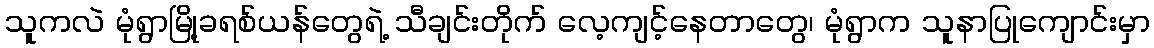
သူကလဲ မုံရွာမြို့ခရစ်ယန်တွေရဲ့ သီချင်းတိုက် လေ့ကျင့်နေတာတွေ၊ မုံရွာက သူနာပြုကျောင်းမှာ